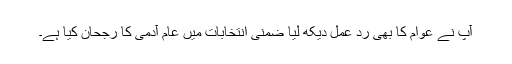
آپ نے عوام کا بھی رد عمل دیکھ لیا ضمنی انتخابات میں عام آدمی کا رجحان کیا ہے۔